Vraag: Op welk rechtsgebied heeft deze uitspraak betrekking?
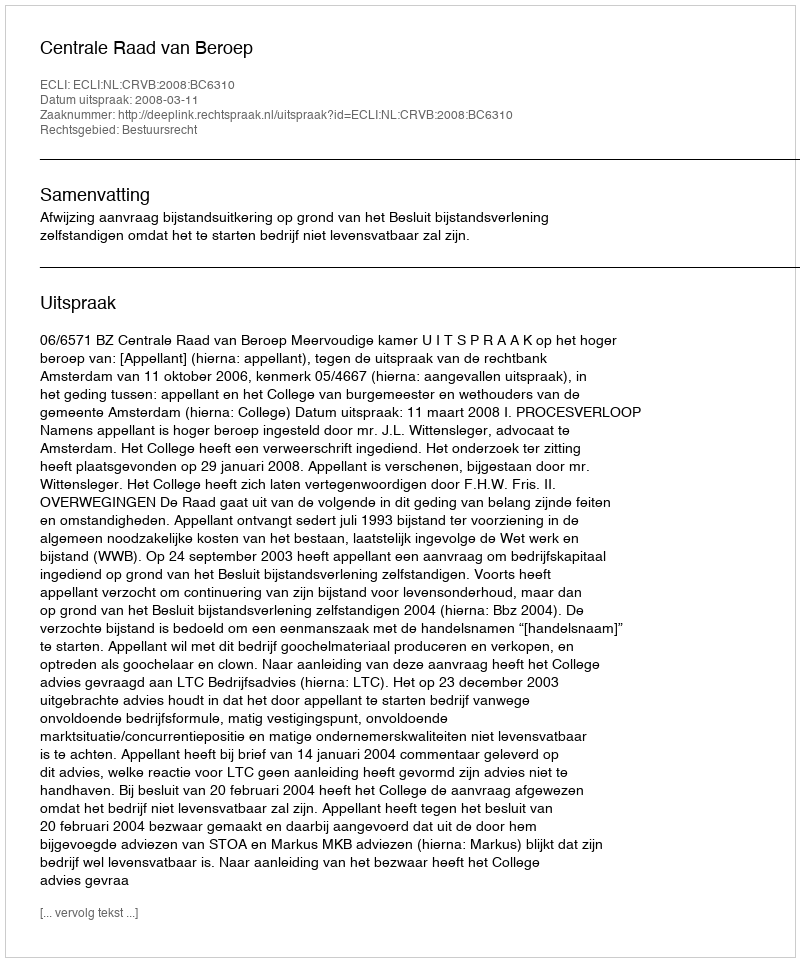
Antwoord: Bestuursrecht